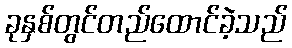
ခုနှစ်တွင်တည်ထောင်ခဲ့သည်